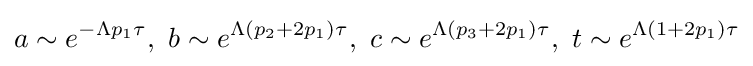
a\sim e^{-\Lambda p_{1}\tau },\ b\sim e^{\Lambda (p_{2}+2p_{1})\tau },\ c\sim e^{\Lambda (p_{3}+2p_{1})\tau },\ t\sim e^{\Lambda (1+2p_{1})\tau }